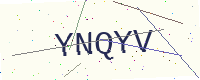
Text: YNQYV